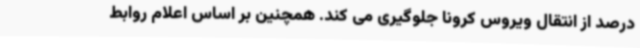
درصد از انتقال ویروس کرونا جلوگیری می کند. همچنین بر اساس اعلام روابط